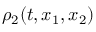
\rho _ { 2 } ( t , x _ { 1 } , x _ { 2 } )